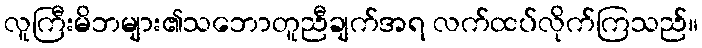
လူကြီးမိဘများ၏သဘောတူညီချက်အရ လက်ထပ်လိုက်ကြသည်။